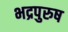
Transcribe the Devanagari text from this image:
भद्रपुरुष